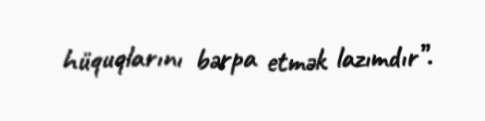
hüquqlarını bərpa etmək lazımdır”.